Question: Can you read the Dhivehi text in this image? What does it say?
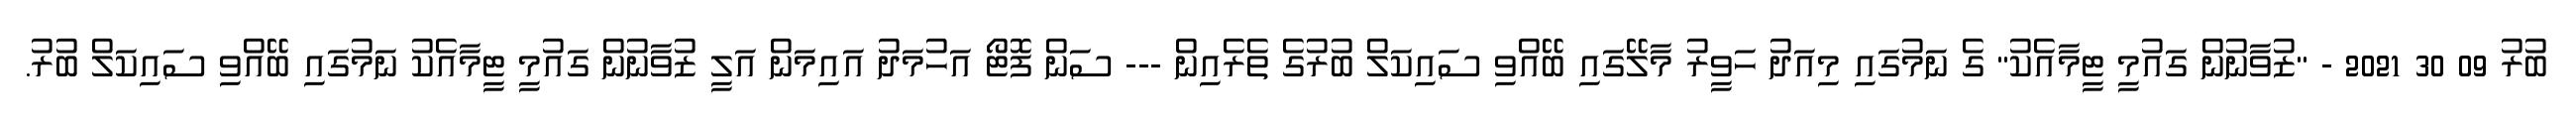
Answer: ބުރު 09 30 2021 - "ޒުވާނުން ގައުމީ ޓީމާއެކު" ގެ ނަމުގައި މިއަދު ހަވީރު މާލޭގައި ބޭއްވި ސައިކަލް ބުރުގެ ތެރެއިން --- ސަން ފޮޓޯ އަހުމަދު އައިމަން އަލީ ޒުވާނުން ގައުމީ ޓީމާއެކު ނަމުގައި ބޭއްވި ސައިކަލް ބުރު.